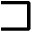
\sqsupset